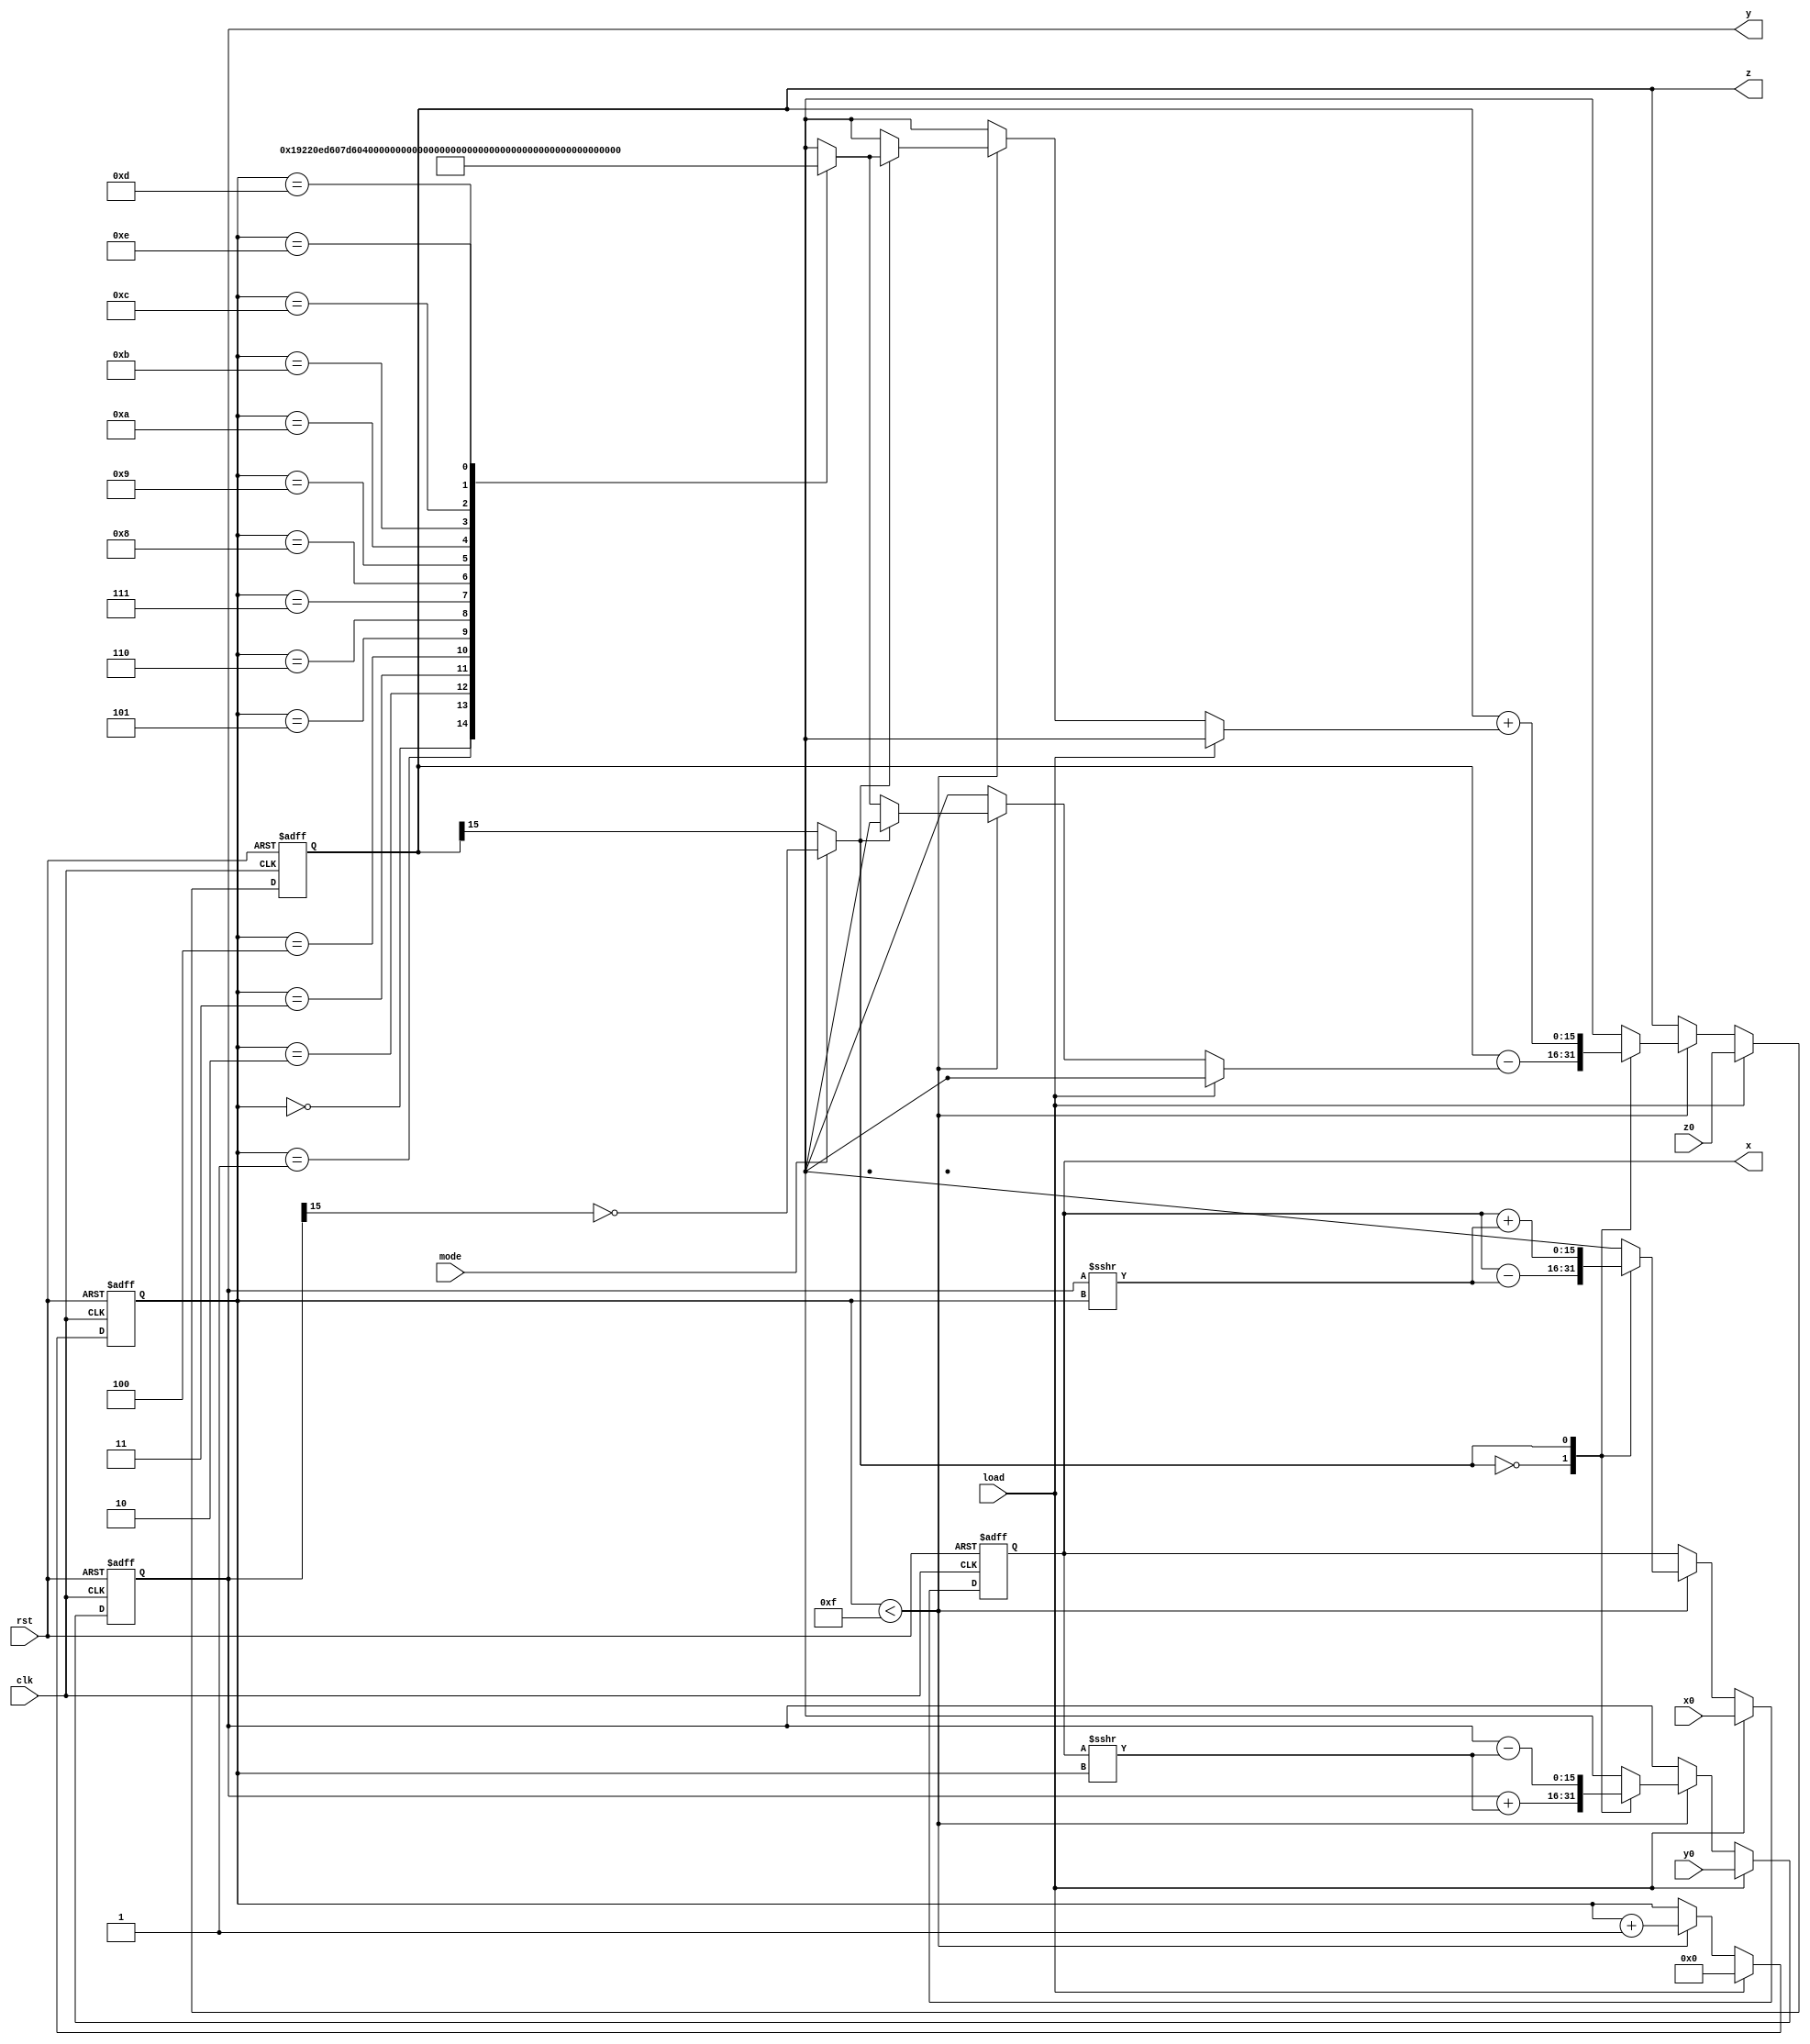
`timescale 1ns / 1ps

module cordic(
clk,
rst,
mode,
load,
x0,
y0,
z0,
x,
y,
z
    );

input clk,rst;
input mode,load;
input[15:0] x0,y0,z0;

output reg signed[15:0] x,y,z;

wire d;
reg [3:0] k;
wire [15:0] atan[0:14];

//tan array
assign	atan[0] = 6434; 		//tan-1(0)
assign	atan[1] = 3798; 		//tan-1(1/2)
assign	atan[2] = 2006;
assign	atan[3] = 1018;
assign	atan[4] = 511;
assign	atan[5] = 255;
assign	atan[6] = 127;
assign	atan[7] = 64;
assign	atan[8] = 32;
assign	atan[9] = 16;
assign	atan[10] = 8;
assign	atan[11] = 4;
assign	atan[12] = 2;
assign	atan[13] = 1;
assign	atan[14] = 0;

//Comb logic
assign d = mode? (~y[15]) : (z[15]);

//your code here=============
	always @(posedge clk or posedge rst) begin
		if (rst) begin
			x <= 0;
			y <= 0;
			z <= 0;
			k <= 0;
		end
		else begin
			if (load == 1'b1) begin
				x <= x0;
				y <= y0;
				z <= z0;
				k <= 0;
			end
			else begin
				if (k < 15) begin 
					case (d) 
						1'b0: begin
							x <= x - (y>>>k);
							y <= y + (x>>>k);
							z <= z - (atan[k]);
						end
						1'b1: begin
							x <= x + (y>>>k);
							y <= y - (x>>>k);
							z <= z + (atan[k]);
						end
					endcase
					k <= k + 1;
				end	
				else begin
					k <= k;
					x <= x;
					y <= y;
					z <= z;
				end
			end
		end
		end
endmodule